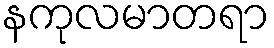
နကုလမာတရာ